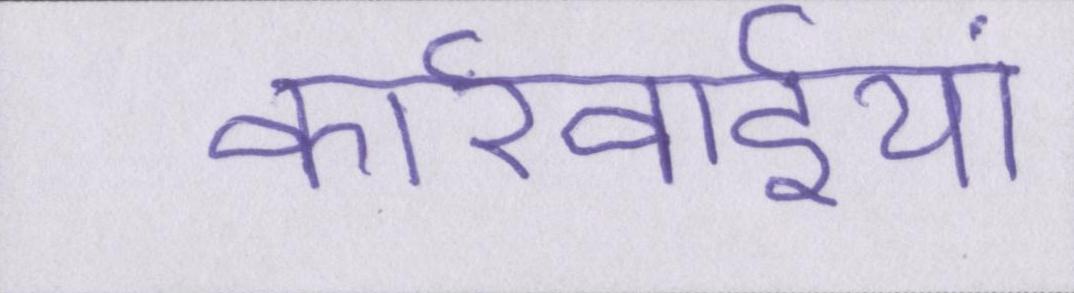
कार्रवाईयां